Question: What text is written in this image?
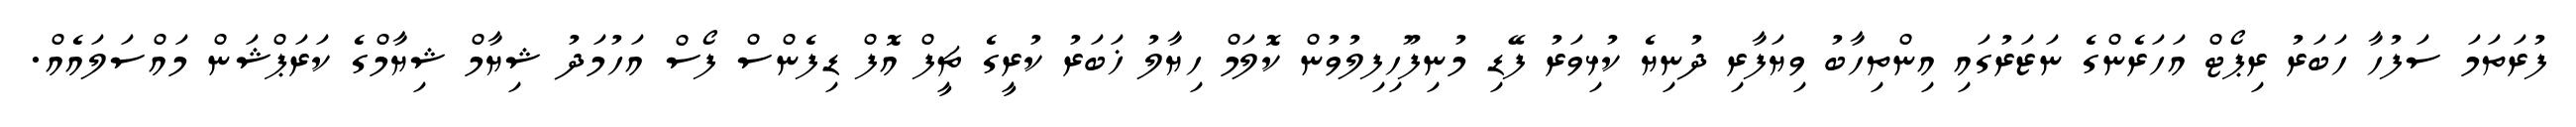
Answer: ފުރަތަމަ ސަފުހާ ހަބަރު ރިޕޯޓް އަހަރެންގެ ނަޒަރުގައި އިންތިހާބު ވިޔަފާރި ދުނިޔެ ކުޅިވަރު ފޭޑި މުނިފޫހިފިލުވުން ކޮލަމް ހިޔާލު ޚަބަރު ކުރީގެ ޗީފް އޮފް ޑިފެންސް ފޯސް އަހުމަދު ޝިޔާމް ޝިޔާމްގެ ކަރަޕްޝަން މައްސަލައެއް.